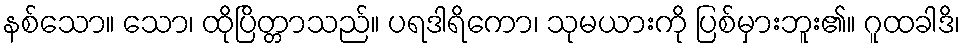
နစ်သော။ သော၊ ထိုပြိတ္တာသည်။ ပရဒါရိကော၊ သုမယားကို ပြစ်မှားဘူး၏။ ဂူထခါဒိ၊